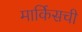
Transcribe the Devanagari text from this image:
मार्किसची